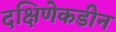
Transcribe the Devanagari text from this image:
दक्षिणेकडीन